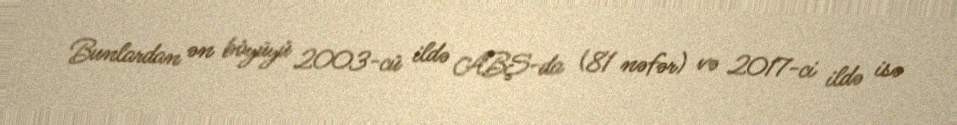
Bunlardan ən böyüyü 2003-cü ildə ABŞ-da (81 nəfər) və 2017-ci ildə isə